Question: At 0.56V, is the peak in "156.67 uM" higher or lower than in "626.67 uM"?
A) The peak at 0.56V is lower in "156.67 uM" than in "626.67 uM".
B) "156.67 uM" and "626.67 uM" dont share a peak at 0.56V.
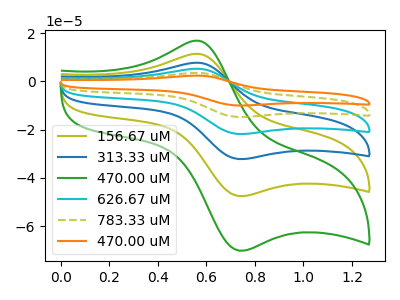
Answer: <think>The olive curve "156.67 uM" has an anodic peak at (0.55V, 11.45uA) and a cathodic peak at (0.75V, -47.55uA). The blue curve "313.33 uM" has an anodic peak at (0.55V, 22.90uA) and a cathodic peak at (0.75V, -95.05uA). The green curve "470.00 uM" has an anodic peak at (0.55V, 16.90uA) and a cathodic peak at (0.75V, -70.20uA). The cyan curve "626.67 uM" has an anodic peak at (0.55V, 34.30uA) and a cathodic peak at (0.75V, -142.60uA). The olive dashed curve "783.33 uM" has an anodic peak at (0.55V, 45.75uA) and a cathodic peak at (0.75V, -190.10uA). The orange curve "470.00 uM" has an anodic peak at (0.55V, 57.20uA) and a cathodic peak at (0.75V, -237.65uA).</think>
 <answer>A) The peak at 0.56V is lower in "156.67 uM" than in "626.67 uM".</answer>
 <eval>A</eval>